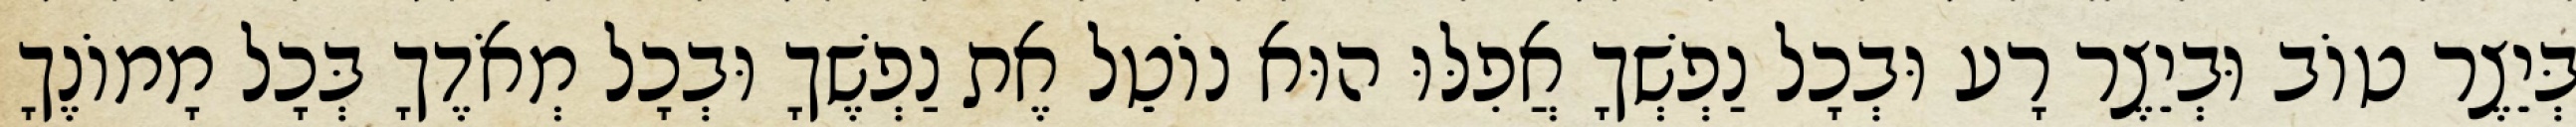
בְּיֵצֶר טוֹב וּבְיֵצֶר רָע וּבְכָל נַפְשְׁךָ אֲפִלּוּ הוּא נוֹטֵל אֶת נַפְשֶׁךָ וּבְכָל מְאֹדֶךָ בְּכָל מָמוֹנֶךָ